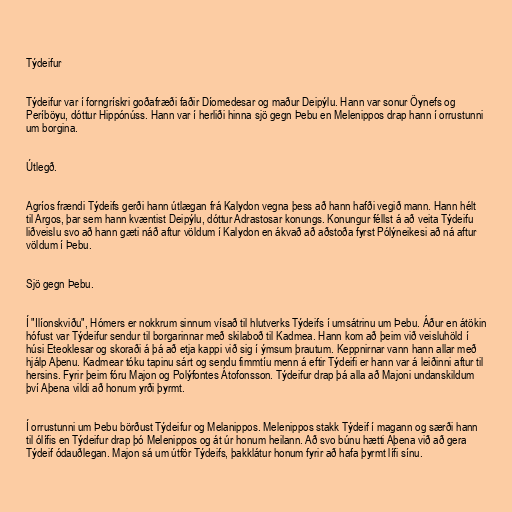
Týdeifur

Týdeifur var í forngrískri goðafræði faðir Díomedesar og maður Deipýlu. Hann var sonur Öynefs og
Períböyu, dóttur Hippónúss. Hann var í herliði hinna sjö gegn Þebu en Melenippos drap hann í orrustunni
um borgina.

Útlegð.

Agríos frændi Týdeifs gerði hann útlægan frá Kalydon vegna þess að hann hafði vegið mann. Hann hélt
til Argos, þar sem hann kvæntist Deipýlu, dóttur Adrastosar konungs. Konungur féllst á að veita Týdeifu
liðveislu svo að hann gæti náð aftur völdum í Kalydon en ákvað að aðstoða fyrst Pólýneikesi að ná aftur
völdum í Þebu.

Sjö gegn Þebu.

Í "Ilíonskviðu", Hómers er nokkrum sinnum vísað til hlutverks Týdeifs í umsátrinu um Þebu. Áður en átökin
hófust var Týdeifur sendur til borgarinnar með skilaboð til Kadmea. Hann kom að þeim við veisluhöld í
húsi Eteoklesar og skoraði á þá að etja kappi við sig í ýmsum þrautum. Keppnirnar vann hann allar með
hjálp Aþenu. Kadmear tóku tapinu sárt og sendu fimmtíu menn á eftir Týdeifi er hann var á leiðinni aftur til
hersins. Fyrir þeim fóru Majon og Polýfontes Átofonsson. Týdeifur drap þá alla að Majoni undanskildum
því Aþena vildi að honum yrði þyrmt.

Í orrustunni um Þebu börðust Týdeifur og Melanippos. Melenippos stakk Týdeif í magann og særði hann
til ólífis en Týdeifur drap þó Melenippos og át úr honum heilann. Að svo búnu hætti Aþena við að gera
Týdeif ódauðlegan. Majon sá um útför Týdeifs, þakklátur honum fyrir að hafa þyrmt lífi sínu.